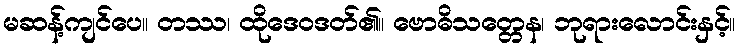
မဆန့်ကျင်ပေ။ တဿ၊ ထိုဒေဝဒတ်၏။ ဗောဓိသတ္တေန၊ ဘုရားလောင်းနှင့်။